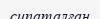
сипаталған